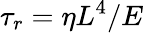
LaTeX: \tau_{r}=\eta L^{4}/E